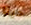
حينا